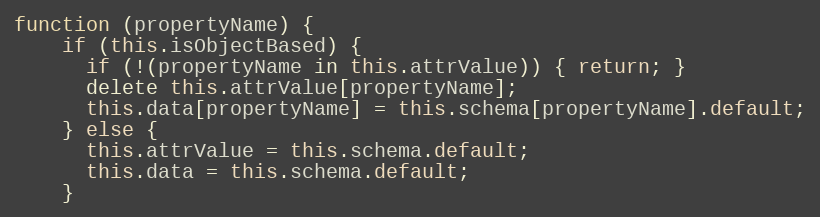
Language: JavaScript
function (propertyName) {
    if (this.isObjectBased) {
      if (!(propertyName in this.attrValue)) { return; }
      delete this.attrValue[propertyName];
      this.data[propertyName] = this.schema[propertyName].default;
    } else {
      this.attrValue = this.schema.default;
      this.data = this.schema.default;
    }